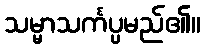
သမ္မာသင်္ကပ္ပမည်၏။